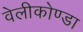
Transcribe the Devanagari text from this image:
वेलीकोण्डा